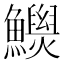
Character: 𩼾